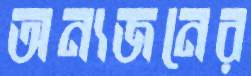
অন্যজনের